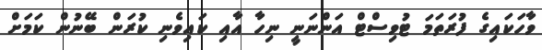
ވާހަކައިގެ ފުރަތަމަ ޓުވިސްޓް އަންނަނީ ނިހާ އާއި ކައިވެނި ކުރަން ބޭނުން ކަމަށް